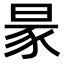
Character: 𧰮